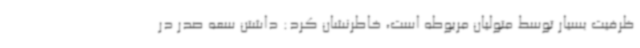
ظرفیت بسیار توسط متولیان مربوطه است، خاطرنشان کرد: داشتن سعه صدر در